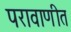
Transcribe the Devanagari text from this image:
परावाणीत